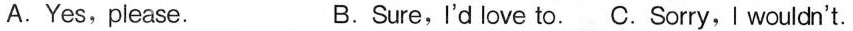
A.Yes,please. B.Sure, I'd love to.C.Sorry,I wouldn't.